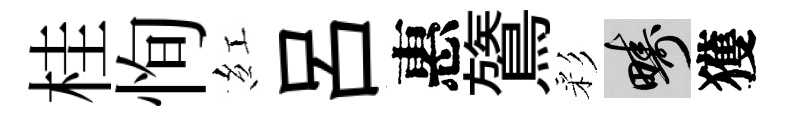
桂恂紅吕惠鷟彩疇獲